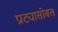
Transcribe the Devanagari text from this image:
प्राट्यासोबत